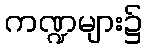
ကဏ္ဍများ၌